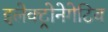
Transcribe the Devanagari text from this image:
इलेक्ट्रोनेगेटिव